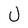
Character: U